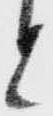
と